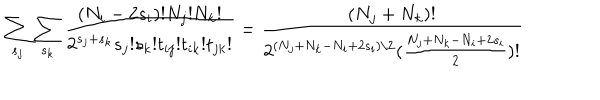
\sum _ { s _ { j } } \sum _ { s _ { k } } \frac { ( N _ { i } - 2 s _ { i } ) ! N _ { j } ! N _ { k } ! } { 2 ^ { s _ { j } + s _ { k } } s _ { j } ! s _ { k } ! t _ { i j } ! t _ { i k } ! t _ { j k } ! } = \frac { ( N _ { j } + N _ { k } ) ! } { 2 ^ { ( N _ { j } + N _ { k } - N _ { i } + 2 s _ { i } ) / 2 } ( \frac { N _ { j } + N _ { k } - N _ { i } + 2 s _ { i } } { 2 } ) ! }